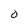
Character: 0